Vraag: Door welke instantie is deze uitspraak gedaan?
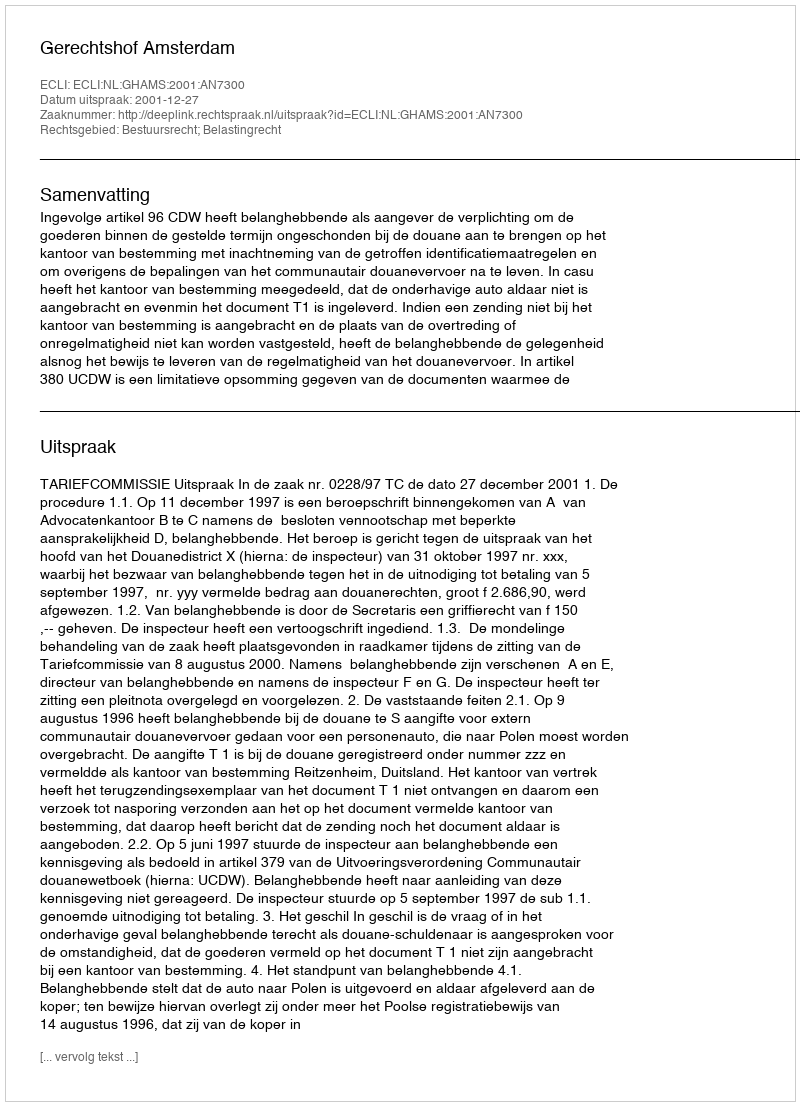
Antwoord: Gerechtshof Amsterdam